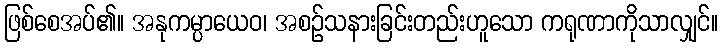
ဖြစ်စေအပ်၏။ အနုကမ္ပာယေဝ၊ အစဉ်သနားခြင်းတည်းဟူသော ကရုဏာကိုသာလျှင်။